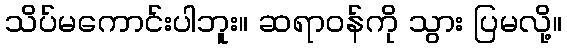
သိပ်မကောင်းပါဘူး။ ဆရာဝန်ကို သွား ပြမလို့။